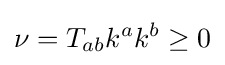
\nu =T_{ab}k^{a}k^{b}\geq 0